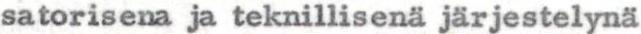
satorisena ja teknillisenä järjestelynä